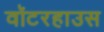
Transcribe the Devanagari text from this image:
वॉटरहाउस